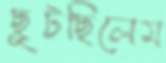
ছুটছিলেম